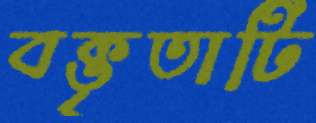
বক্তৃতাটি